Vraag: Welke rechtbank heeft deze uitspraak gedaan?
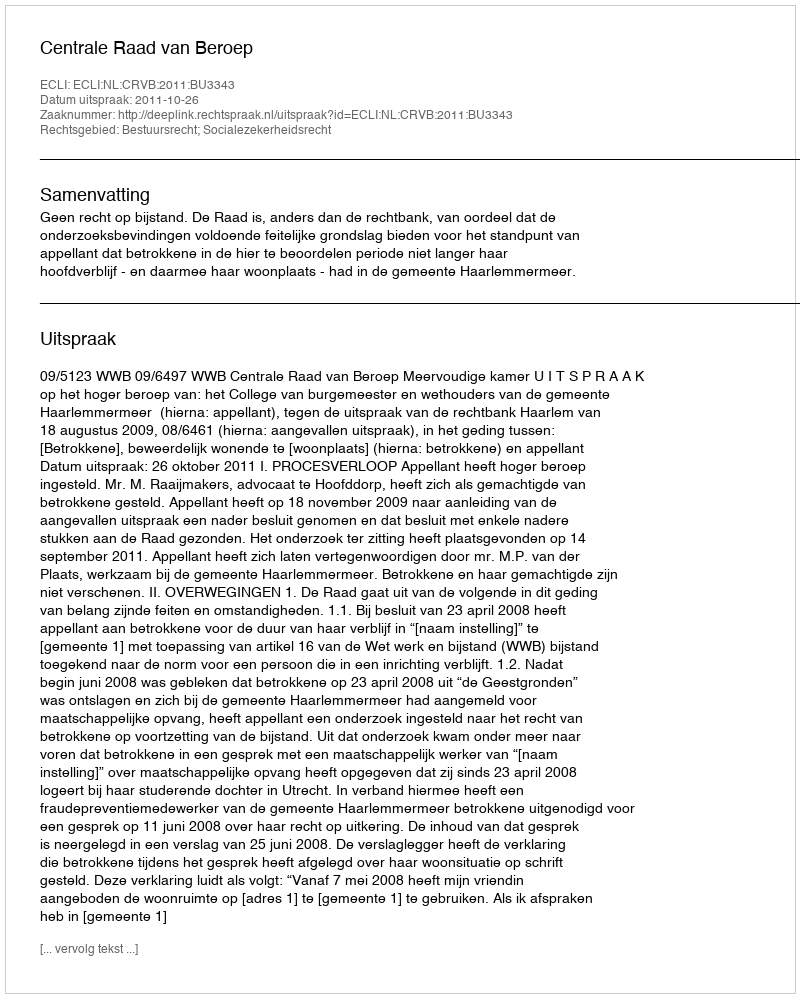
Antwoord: Centrale Raad van Beroep